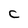
Character: C